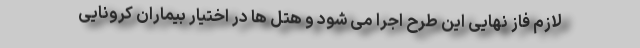
لازم فاز نهایی این طرح اجرا می شود و هتل ها در اختیار بیماران کرونایی